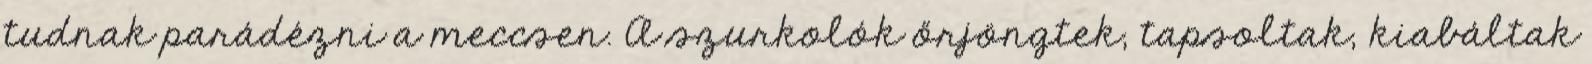
tudnak parádézni a meccsen. A szurkolók őrjöngtek, tapsoltak, kiabáltak